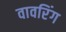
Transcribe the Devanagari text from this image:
वावरिंग